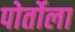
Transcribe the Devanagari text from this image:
पोर्तोला